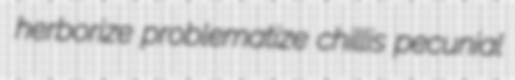
herborize problematize chillis pecunial